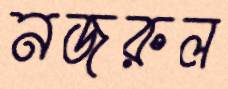
নজরুল